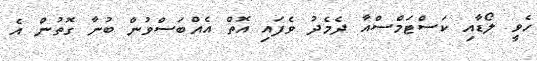
ހެވީ ލޯޑާއި ކަސްޓަމްސްއާ ދެމެދު ވެފައި އޮތް އެއްބަސްވުން ބުނާ ގޮތުން އެ